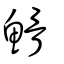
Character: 䱻